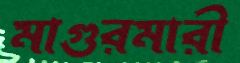
মাগুরমারী